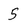
Character: 5